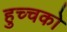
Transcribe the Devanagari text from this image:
हुच्चको